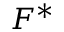
F ^ { * }